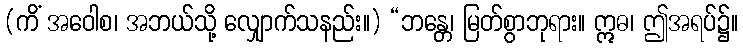
(ကိံ အဝေါစ၊ အဘယ်သို့ လျှောက်သနည်း။) “ဘန္တေ၊ မြတ်စွာဘုရား။ ဣဓ၊ ဤအရပ်၌။